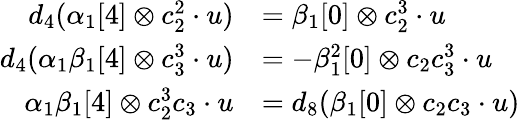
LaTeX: \begin{array}{rl}{d_{4}(\alpha_{1}[4]\otimes c_{2}^{2}\cdot u)}&{=\beta_{1}[0]\otimes c_{2}^{3}\cdot u}\\ {d_{4}(\alpha_{1}\beta_{1}[4]\otimes c_{3}^{3}\cdot u)}&{=-\beta_{1}^{2}[0]\otimes c_{2}c_{3}^{3}\cdot u}\\ {\alpha_{1}\beta_{1}[4]\otimes c_{2}^{3}c_{3}\cdot u}&{=d_{8}(\beta_{1}[0]\otimes c_{2}c_{3}\cdot u)}\end{array}